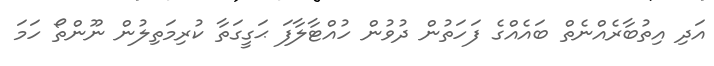
އަދި އިތުބާރެއްނެތް ބައެއްގެ ފަހަތުން ދުވުން ހުއްޓާލާފަ ޙަގީގަތާ ކުރިމަތިލުން ނޫންތޯ ހަމަ